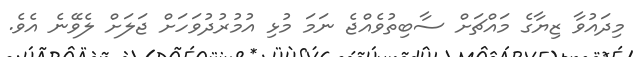
މިދައުވާ ޒިޔާގެ މައްޗަށް ސާބިތުވެެއްޖެ ނަމަ މުޅި އުމުރުދުވަހަށް ޖަލަށް ލެވޭނެ އެވެ.